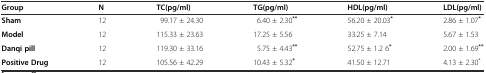
| Group | N | TC(pg/ml) | TG(pg/ml) | HDL(pg/ml) | LDL(pg/ml) |
 | --- | --- | --- | --- | --- | --- |
 | Sham | 12 | 99.17 ± 24.30 | 6.40 ± 2.30** | 56.20 ± 20.03* | 2.86 ± 1.07* |
 | Model | 12 | 115.33 ± 23.63 | 17.25 ± 5.56 | 33.25 ± 7.14 | 5.67 ± 1.53 |
 | Danqi pill | 12 | 119.30 ± 33.16 | 5.75 ± 4.43** | 52.75 ± 1.2 6* | 2.00 ± 1.69** |
 | Positive Drug | 12 | 105.56 ± 42.29 | 10.43 ± 5.32* | 41.50 ± 12.71 | 4.13 ± 2.30* |